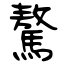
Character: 驁